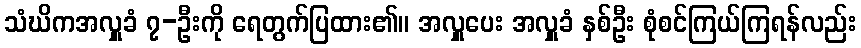
သံဃိကအလှူခံ ၇-ဦးကို ရေတွက်ပြထား၏။ အလှူပေး အလှူခံ နှစ်ဦး စုံစင်ကြယ်ကြရန်လည်း